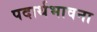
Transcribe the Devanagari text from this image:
पदार्थभावना